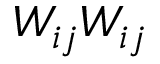
W _ { i j } W _ { i j }